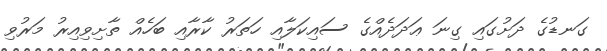
ގަނޑުގެ ދަށުގައި ގިނަ ޢަދަދެއްގެ ސައިކަލާއި ހަތަރު ކާރާއި ބަހެއް ތާށިވިއިރު މަރުވި